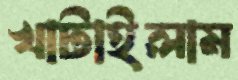
খাটাইলাম